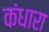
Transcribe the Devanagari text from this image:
कंधारा